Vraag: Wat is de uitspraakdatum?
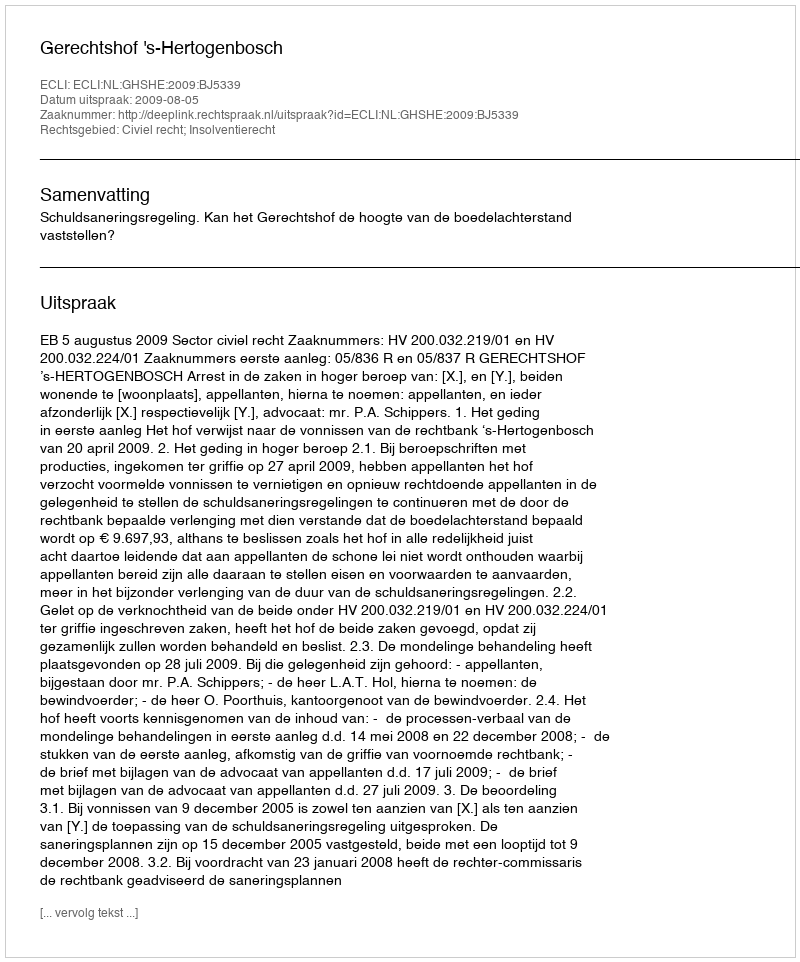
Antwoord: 2009-08-05